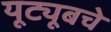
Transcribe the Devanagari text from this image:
यूट्यूबचे